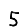
Digit: 5